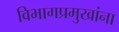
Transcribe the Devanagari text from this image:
विभागप्रमुखांना